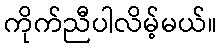
ကိုက်ညီပါလိမ့်မယ်။